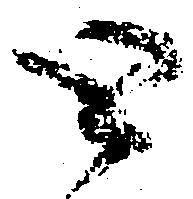
と